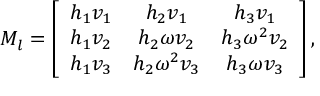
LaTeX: { \cal M } _ { l } = \left[ \begin{array} { c c c } { { h _ { 1 } v _ { 1 } } } & { { h _ { 2 } v _ { 1 } } } & { { h _ { 3 } v _ { 1 } } } \\ { { h _ { 1 } v _ { 2 } } } & { { h _ { 2 } \omega v _ { 2 } } } & { { h _ { 3 } \omega ^ { 2 } v _ { 2 } } } \\ { { h _ { 1 } v _ { 3 } } } & { { h _ { 2 } \omega ^ { 2 } v _ { 3 } } } & { { h _ { 3 } \omega v _ { 3 } } } \end{array} \right] ,